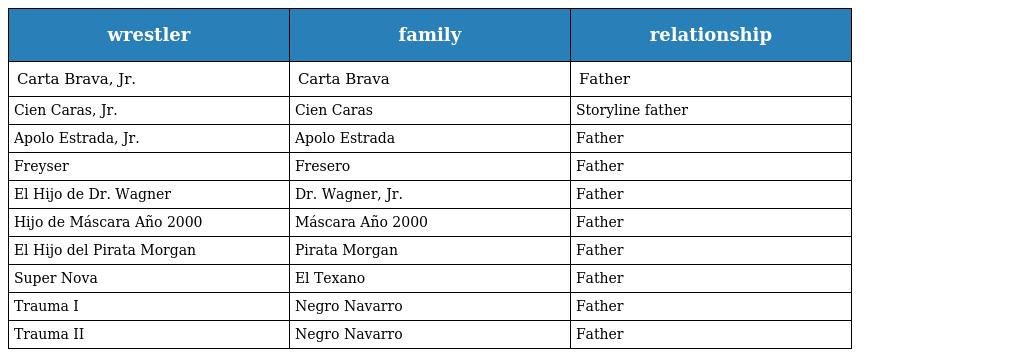
| wrestler | family | relationship |
 | --- | --- | --- |
 | Carta Brava, Jr. | Carta Brava | Father |
 | Cien Caras, Jr. | Cien Caras | Storyline father |
 | Apolo Estrada, Jr. | Apolo Estrada | Father |
 | Freyser | Fresero | Father |
 | El Hijo de Dr. Wagner | Dr. Wagner, Jr. | Father |
 | Hijo de Máscara Año 2000 | Máscara Año 2000 | Father |
 | El Hijo del Pirata Morgan | Pirata Morgan | Father |
 | Super Nova | El Texano | Father |
 | Trauma I | Negro Navarro | Father |
 | Trauma II | Negro Navarro | Father |